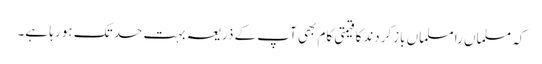
کہ مسلماں را مسلماں بازکردندکا قیمتی کام بھی آپ کے ذریعہ بہت حد تک ہو رہا ہے۔